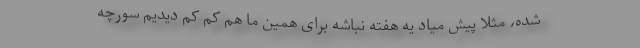
شده، مثلا پیش میاد یه هفته نباشه برای همین ما هم کم کم دیدیم سورچه